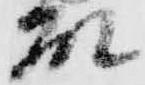
殿